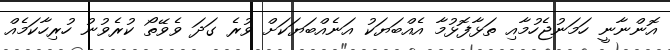
އޮންނާނީ ހަމަނުޖެހުމާއި ތަޅާފޮޅުމާ އެއްބަޔަކު އަނެއްބަޔަކަށް ވުރެ ގަދަ ވެވޭތޯ ކުރެވުނު ހުރިހާކަމެއް